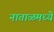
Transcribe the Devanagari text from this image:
नाताळमध्ये